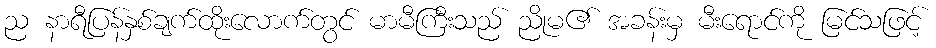
ည နာရီပြန်နှစ်ချက်ထိုးလောက်တွင် မာမီကြီးသည် ညိုမ၏ အခန်းမှ မီးရောင်ကို မြင်သဖြင့်